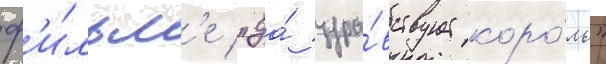
ф'и́льм'е "да́ здра́вствует коро́ль"